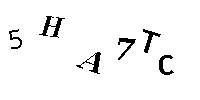
5HA7TC